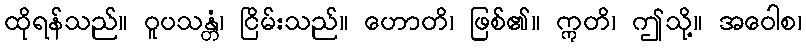
ထိုရန်သည်။ ဝူပသန္တံ၊ ငြိမ်းသည်။ ဟောတိ၊ ဖြစ်၏။ ဣတိ၊ ဤသို့။ အဝေါစ၊